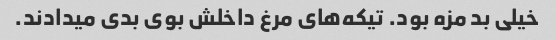
خیلی بد مزه بود. تیکه‌های مرغ داخلش بوی بدی میدادند.